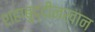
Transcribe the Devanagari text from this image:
शहाबुद्दीनखान